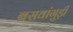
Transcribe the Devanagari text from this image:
बसवांगुड़ी